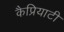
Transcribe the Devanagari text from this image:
कैप्रियाटी